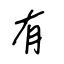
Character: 有